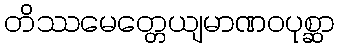
တိဿမေတ္တေယျမာဏဝပုစ္ဆာ